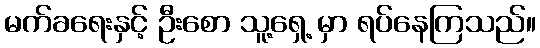
မက်ခရေးနှင့် ဦးစော သူ့ရှေ့ မှာ ရပ်နေကြသည်။